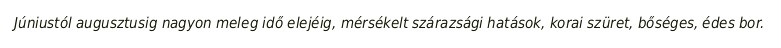
Júniustól augusztusig nagyon meleg idő elejéig, mérsékelt szárazsági hatások, korai szüret, bőséges, édes bor.